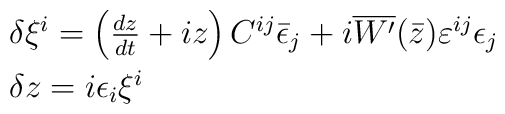
\begin{array}{l}\delta\xi^i=\left( {dz\over dt}+iz\right)C^{ij}\bar{\epsilon}_j+i\overline{W'}(\bar{z})\varepsilon^{ij}\epsilon_j\\[5pt]\delta z=i\epsilon_i\xi^i\end{array}